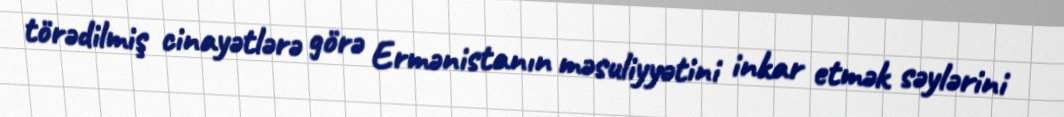
törədilmiş cinayətlərə görə Ermənistanın məsuliyyətini inkar etmək səylərini